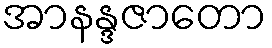
အာနန္ဒဇာတော